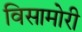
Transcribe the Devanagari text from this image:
विसामोरी